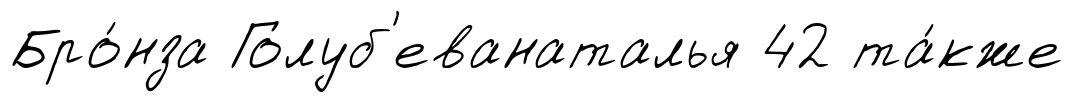
Бро́нза Голуб'еванаталья 42 та́кже